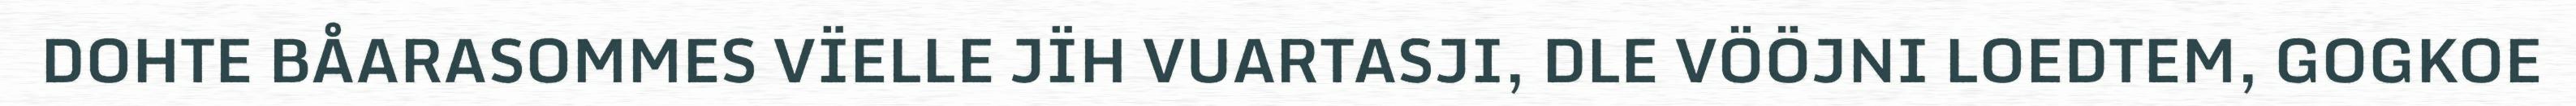
DOHTE BÅARASOMMES VÏELLE JÏH VUARTASJI, DLE VÖÖJNI LOEDTEM, GOGKOE